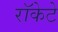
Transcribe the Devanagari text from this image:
रॉकेटे